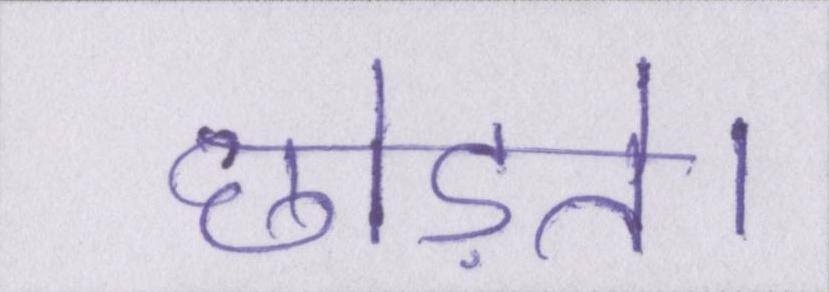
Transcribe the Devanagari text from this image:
छोड़ते।